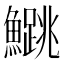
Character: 𬵰